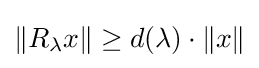
\Vert R_{\lambda }x\Vert \geq d(\lambda )\cdot \Vert x\Vert